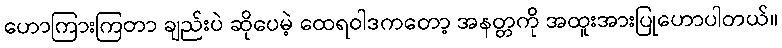
ဟောကြားကြတာ ချည်းပဲ ဆိုပေမဲ့ ထေရဝါဒကတော့ အနတ္တကို အထူးအားပြုဟောပါတယ်။